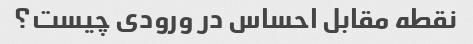
نقطه مقابل احساس در ورودی چیست؟